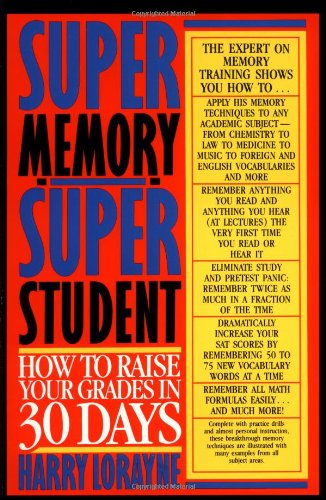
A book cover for Super Memory - Super Student: How to Raise Your Grades in 30 Days; Harry Lorayne; Self-Help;